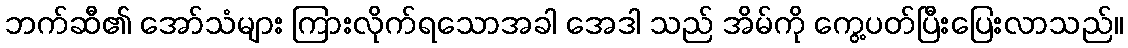
ဘက်ဆီ၏ အော်သံများ ကြားလိုက်ရသောအခါ အေဒါ သည် အိမ်ကို ကွေ့ပတ်ပြီးပြေးလာသည်။